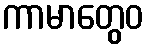
ကာမာတွေဝ